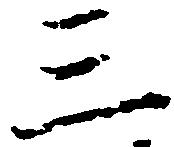
三